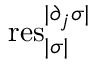
\mathrm { r e s } _ { | \sigma | } ^ { | \partial _ { j } \sigma | }